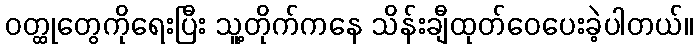
ဝတ္ထုတွေကိုရေးပြီး သူ့တိုက်ကနေ သိန်းချီထုတ်ဝေပေးခဲ့ပါတယ်။